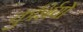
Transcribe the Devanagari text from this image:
कुर्शियों